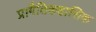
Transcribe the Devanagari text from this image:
प्रागैतिकहासिक